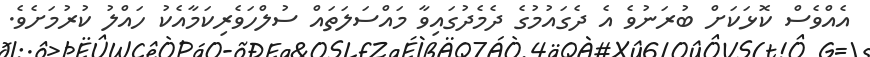
އެއްވެސް ކޮޅަކަށް ބުރަނުވެ އެ ދެގައުމުގެ ދެމެދުގައިވާ މައްސަލަތައް ސުލްހަވެރިކަމާއެކު ހައްލު ކުރުމަށެވެ.